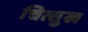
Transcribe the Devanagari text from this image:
चित्सुख